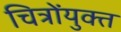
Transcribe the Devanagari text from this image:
चित्रोंयुक्त